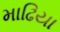
માઢિયા